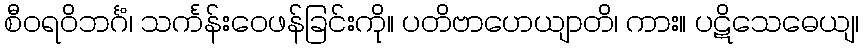
စီဝရဝိဘင်္ဂံ၊ သင်္ကန်းဝေဖန်ခြင်းကို။ ပတိဗာဟေယျာတိ၊ ကား။ ပဋိသေဓေယျ၊